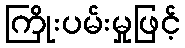
ကြိုးပမ်းမှုဖြင့်